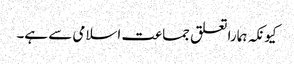
کیونکہ ہمارا تعلق جماعت اسلامی سے ہے۔